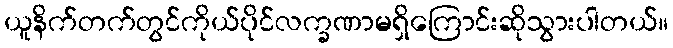
ယူနိက်တက်တွင်ကိုယ်ပိုင်လက္ခဏာမရှိကြောင်းဆိုသွားပါတယ်။